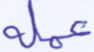
عملة